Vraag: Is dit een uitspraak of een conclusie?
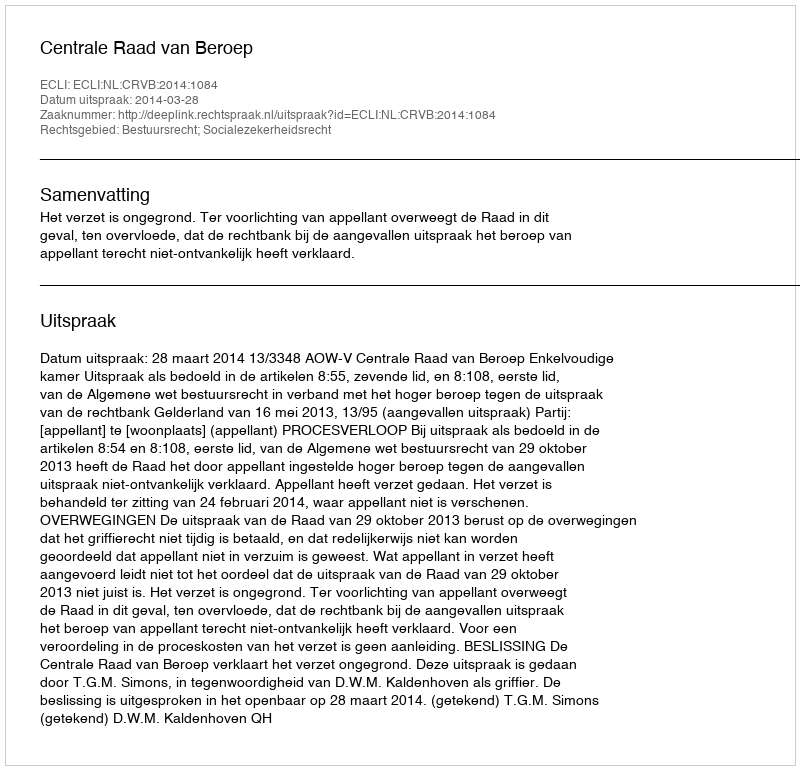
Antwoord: Uitspraak